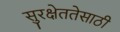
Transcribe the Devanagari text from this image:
सुरक्षेततेसाठी